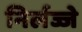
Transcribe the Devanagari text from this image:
निर्लज्जे